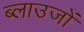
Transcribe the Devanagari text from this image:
ब्लाउजों